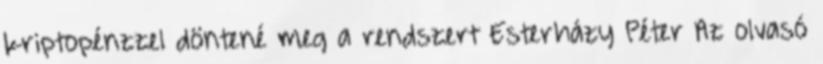
kriptopénzzel döntené meg a rendszert Esterházy Péter Az olvasó